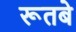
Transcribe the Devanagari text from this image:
रूतबे